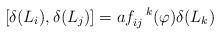
LaTeX: \begin{align*}\lbrack \delta (L_{i}),\delta (L_{j})]=af_{ij}^{\ \ k}(\varphi )\delta(L_{k}) \end{align*}